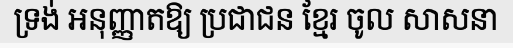
ទ្រង់ អនុញ្ញាតឱ្យ ប្រជាជន ខ្មែរ ចូល សាសនា